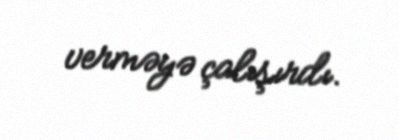
verməyə çalışırdı.